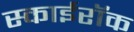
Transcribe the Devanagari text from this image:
स्काईरॉक